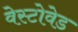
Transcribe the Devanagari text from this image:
वेस्टोवेड